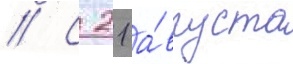
// С 21 а́вгуста